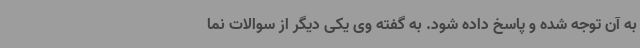
به آن توجه شده و پاسخ داده شود. به گفته وی یکی دیگر از سوالات نما